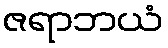
ဇရာဘယံ